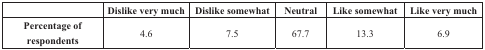
<table><thead><tr><td></td><td><b>Dislike very much</b></td><td><b>Dislike somewhat</b></td><td><b>Neutral</b></td><td><b>Like somewhat</b></td><td><b>Like very much</b></td></tr></thead><tbody><tr><td><b>Percentage of </b><b>respondents</b></td><td>4.6</td><td>7.5</td><td>67.7</td><td>13.3</td><td>6.9</td></tr></tbody></table>